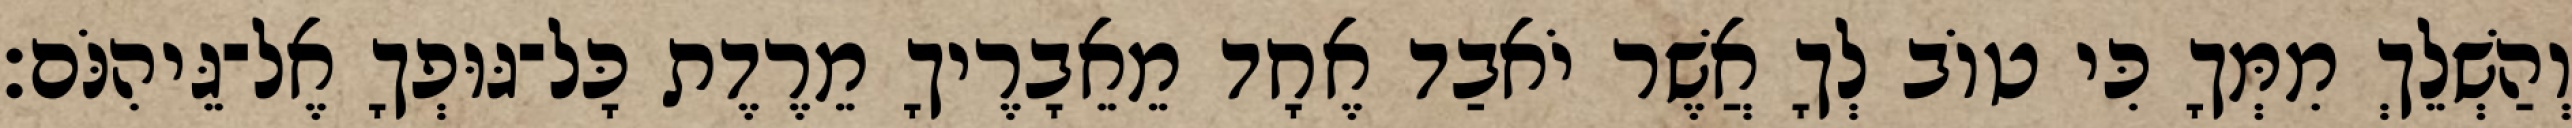
וְהַשְׁלֵךְ מִמְּךָ כִּי טוֹב לְךָ אֲשֶׁר יֹאבַד אֶחָד מֵאֵבָרֶיךָ מֵרֶדֶת כָּל־גּוּפְךָ אֶל־גֵּיהִנֹּם׃